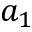
a _ { 1 }